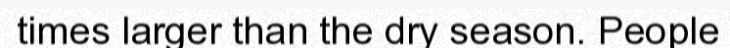
times larger than the dry season. People